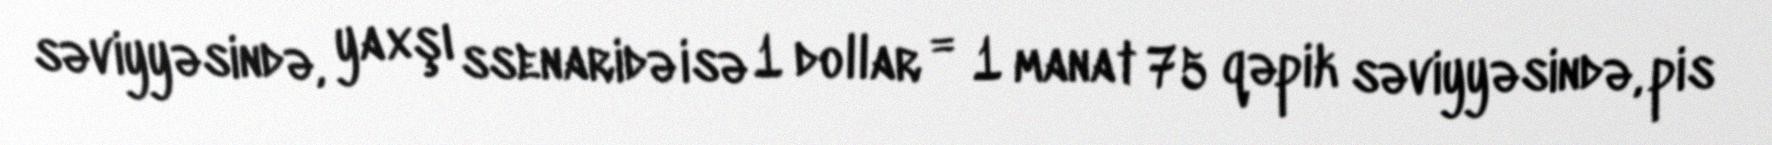
səviyyəsində, yaxşı ssenaridə isə 1 dollar = 1 manat 75 qəpik səviyyəsində, pis